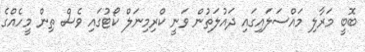
ބޮބީ މަރާލި މައްސަލައިގައި ދައުލަތުން ވަނީ ކްރިމިނަލް ކޯޓުގައި ވެސް ތިން މީހެއްގެ